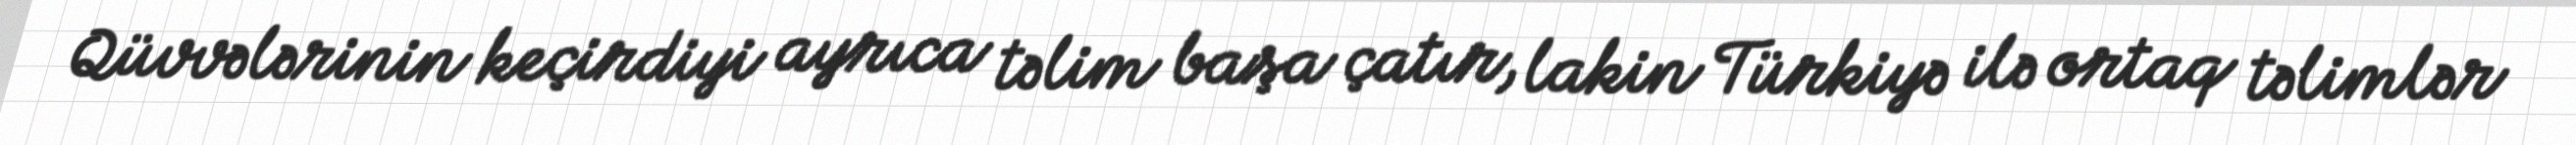
Qüvvələrinin keçirdiyi ayrıca təlim başa çatır, lakin Türkiyə ilə ortaq təlimlər